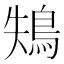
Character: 鴩